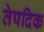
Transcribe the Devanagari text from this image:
तेपदिक